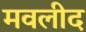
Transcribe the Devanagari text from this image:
मवलीद